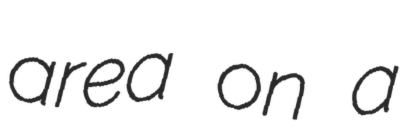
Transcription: area on a